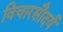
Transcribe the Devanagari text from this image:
विचारसौदर्य